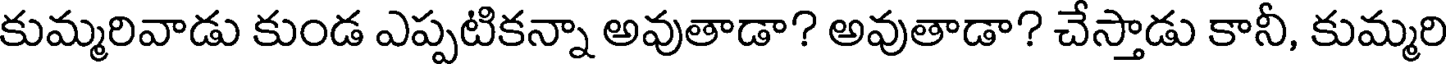
కుమ్మరివాడు కుండ ఎప్పటికన్నా అవుతాడా? అవుతాడా? చేస్తాడు కానీ, కుమ్మరి